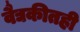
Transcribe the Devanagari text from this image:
वैद्यकीतही